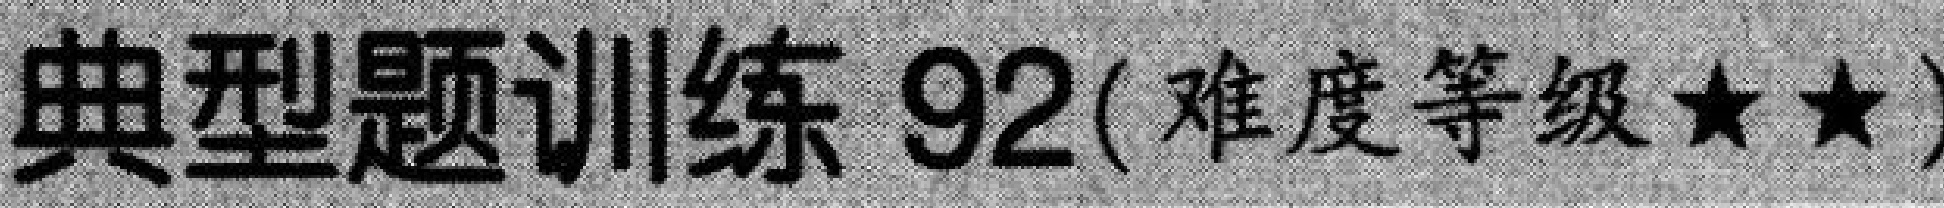
典型题训练 92(难度等级★★)